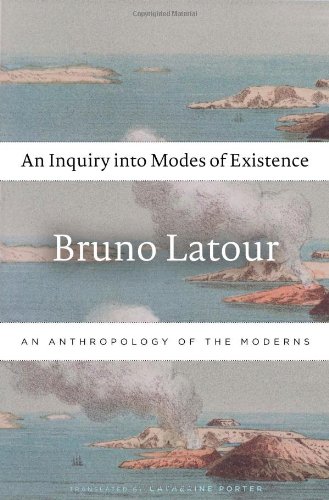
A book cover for An Inquiry into Modes of Existence: An Anthropology of the Moderns; Bruno Latour; Science & Math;